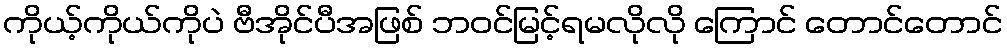
ကိုယ့်ကိုယ်ကိုပဲ ဗီအိုင်ပီအဖြစ် ဘဝင်မြင့်ရမလိုလို ကြောင် တောင်တောင်